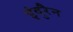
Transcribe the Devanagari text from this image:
इंदुरैन